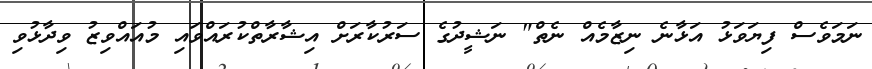
ނަމަވެސް ފިޔަވަޅު އަޅާނެ ނިޒާމެއް ނެތް" ނަޝީދުގެ ސަރުކާރަށް އިޝާރާތްކުރައްވައި މުއައްވިޒު ވިދާޅުވި